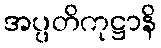
အပ္ပတိကုဋ္ဌာနိ